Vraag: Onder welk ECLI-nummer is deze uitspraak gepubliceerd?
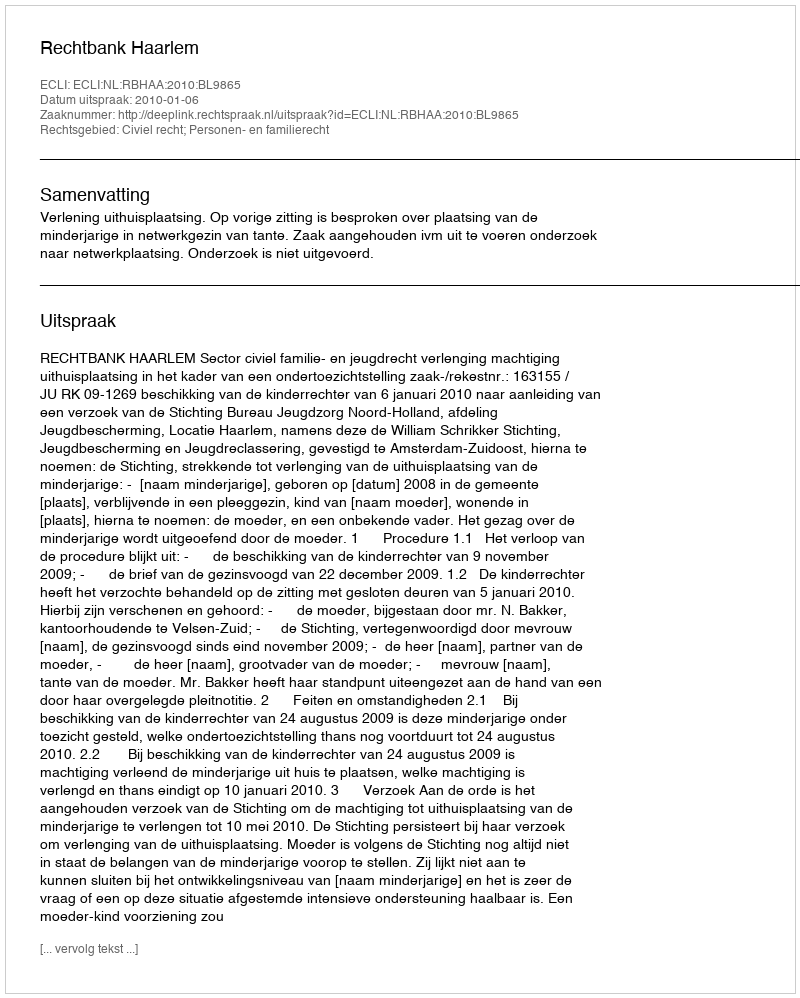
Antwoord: ECLI:NL:RBHAA:2010:BL9865